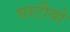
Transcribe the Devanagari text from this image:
घाटीयो